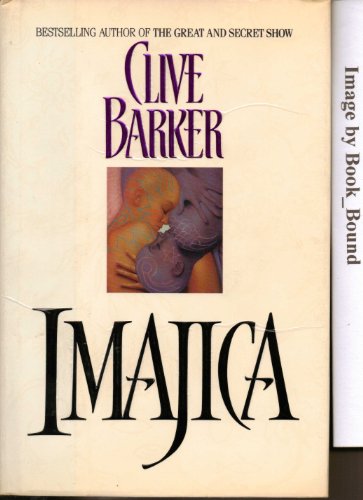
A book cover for Imajica; Clive Barker; Literature & Fiction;